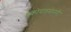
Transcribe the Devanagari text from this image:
ब्रंकोपलमेनरी